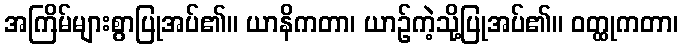
အကြိမ်များစွာပြုအပ်၏။ ယာနိကတာ၊ ယာဉ်ကဲ့သို့ပြုအပ်၏။ ဝတ္ထုကတာ၊